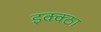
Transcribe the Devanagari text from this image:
इक्क्ठा